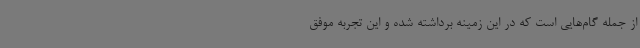
از جمله گام‌هایی است که در این زمینه برداشته شده و این تجربه موفق